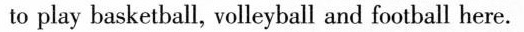
to play basketball, volleyball and football here.